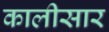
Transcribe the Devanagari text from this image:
कालीसार